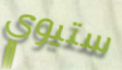
ستيوي